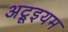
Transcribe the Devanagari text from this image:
अट्रूइयम